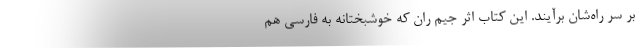
بر سر راه‌شان برآیند. این کتاب اثر جیم ران که خوشبختانه به فارسی هم